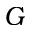
G